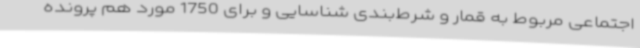
اجتماعی مربوط به قمار و شرط‌بندی شناسایی و برای 1750 مورد هم پرونده